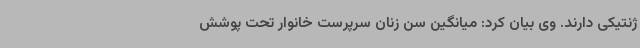
ژنتیکی دارند. وی بیان کرد: میانگین سن زنان سرپرست خانوار تحت پوشش